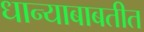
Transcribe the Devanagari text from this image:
धान्याबाबतीत